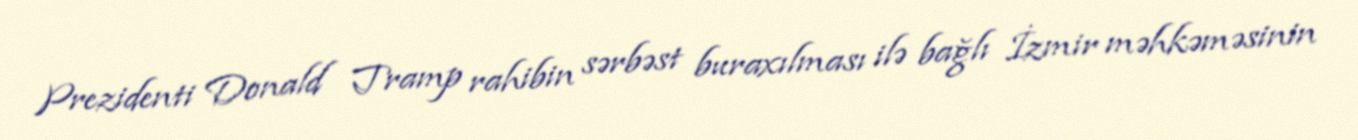
Prezidenti Donald Tramp rahibin sərbəst buraxılması ilə bağlı İzmir məhkəməsinin